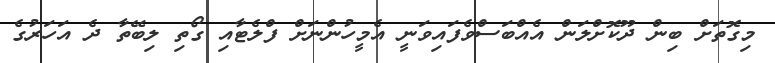
މިގޮތަށް ބިން ދޫކޮށްލަން އެއްބަސްވެފައިވަނީ އެމީހުންނަށް ފްލެޓާއި ގޯތި ލިބޭތާ ދެ އަހަރުގެ